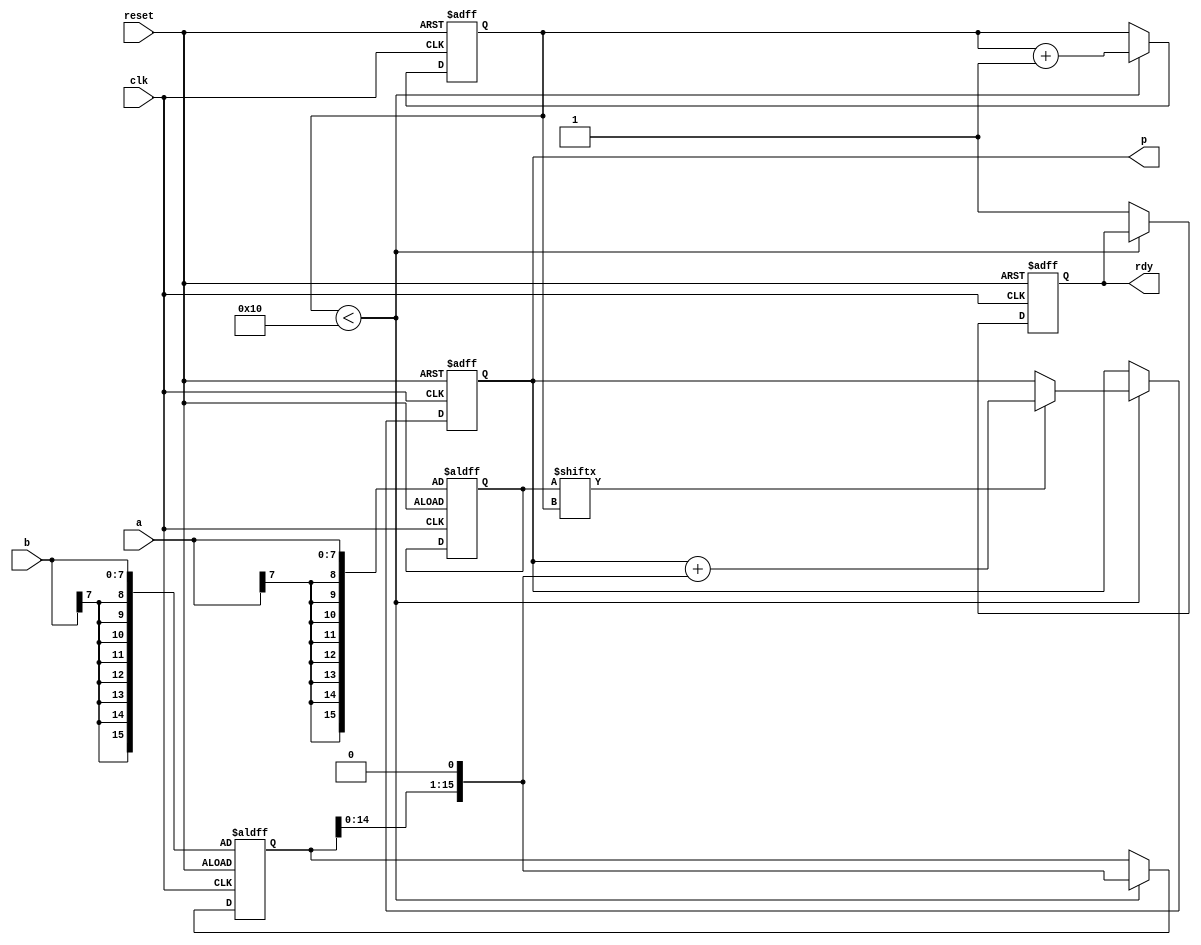
`timescale 1ns / 1ps

module multi_booth_8bit (p, rdy, clk, reset, a, b);
   input clk, reset;
   input [7:0] a, b;
   output [15:0] p;
   output rdy;
   
   reg [15:0] p;
   reg [15:0] multiplier;
   reg [15:0] multiplicand;
   reg rdy;
   reg [4:0] ctr;

always @(posedge clk or posedge reset) begin
    if (reset) 
    begin
    rdy     = 0;
    p   = 0;
    ctr     = 0;
    multiplier = {{8{a[7]}}, a};
    multiplicand = {{8{b[7]}}, b};
    end 
    else 
    begin 
      if(ctr < 16) 
          begin
          multiplicand = multiplicand << 1;
            if (multiplier[ctr] == 1)
            begin
                p = p + multiplicand;
            end
            ctr = ctr + 1;
          end
       else 
           begin
           rdy = 1;
           end
    end
  end //End of always block
    
endmodule